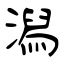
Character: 潟